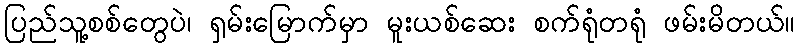
ပြည်သူ့စစ်တွေပဲ၊ ရှမ်းမြောက်မှာ မူးယစ်ဆေး စက်ရုံတရုံ ဖမ်းမိတယ်။